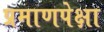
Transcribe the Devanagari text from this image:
प्रमाणपेक्षा